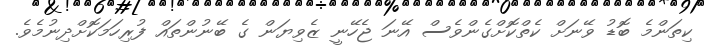
ކިތަންމެ ބޮޑު ވޭނަށް ކެތްކޮށްގެންވެސް އޭނަ ޖެހޭނީ ޒެވިޔަން ގެ ބޭނުންތައް ފުރިހަމަކޮށްދިނުމެވެ.